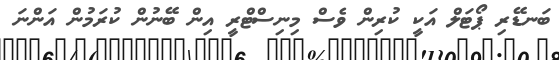
ބަނޑޭރި ޕޯޓަލް އަކީ ކުރިން ވެސް މިނިސްޓްރީ އިން ބޭނުން ކުރަމުން އަންނަ